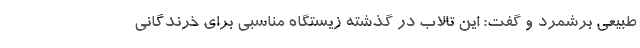
طبیعی برشمرد و گفت: این تالاب در گذشته زیستگاه مناسبی برای خرندگانی